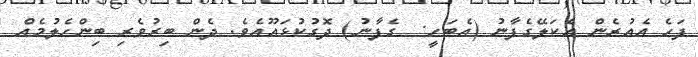
ފަހެ އެއުރެން އެކަލޭގެފާނު (އެބަހީ:  ގެފާނު) ދޮގުކުޅައޫއެވެ. ދެން ބިރުވެރި ބިންހެލުމެއް